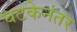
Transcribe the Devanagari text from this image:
घटकेनंतर